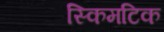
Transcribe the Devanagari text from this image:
स्किमटिक